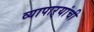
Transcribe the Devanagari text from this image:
व्यापाऱ्यांची